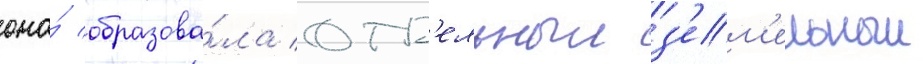
она́ образова́ла отд'ельныи з'ем'ельныи